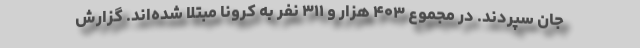
جان سپردند. در مجموع ۴۰۳ هزار و ۳۱۱ نفر به کرونا مبتلا شده‌اند. گزارش